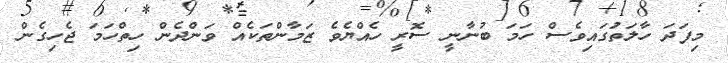
މިފަދަ ހާލަތުަގައިވެސް ހަމަ ބުނާނީ ސޮރީ ހެއްޔެވެ ޒަމާންތަކެއް ވަންދެން ހިތްހަމަ ޖެހިގެން